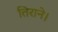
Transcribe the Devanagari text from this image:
तिराने।